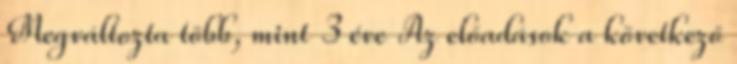
Megváltozta több, mint 3 éve Az előadások a következő